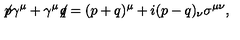
\not { \! p } \gamma ^ { \mu } + \gamma ^ { \mu } \! \! \not { \! q } = ( p + q ) ^ { \mu } + i ( p - q ) _ { \nu } \sigma ^ { \mu \nu } ,